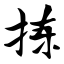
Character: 拣